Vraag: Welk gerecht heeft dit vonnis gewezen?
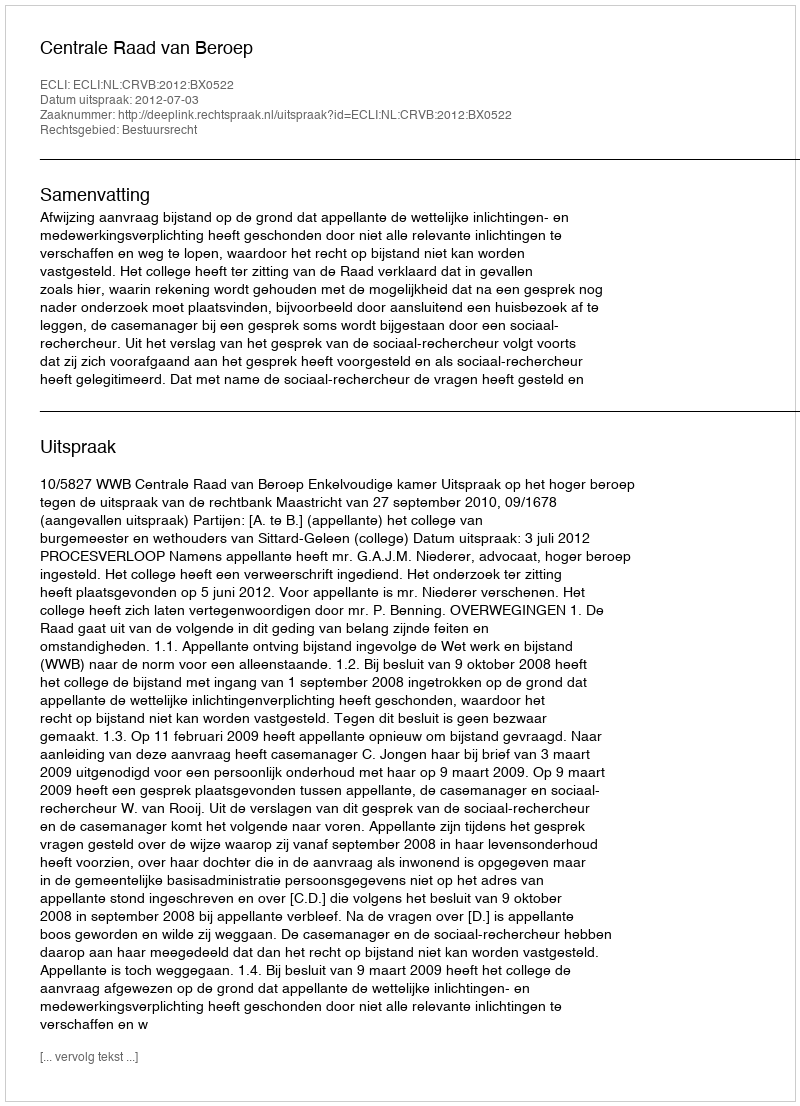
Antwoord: Centrale Raad van Beroep